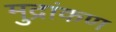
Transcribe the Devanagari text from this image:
मुद्रांकण